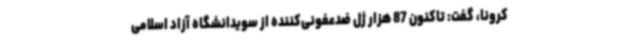
کرونا، گفت: تاکنون 87 هزار ژل ضدعفونی‌کننده از سویدانشگاه آزاد اسلامی